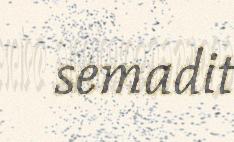
semadit